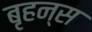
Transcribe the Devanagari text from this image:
बृहन्स